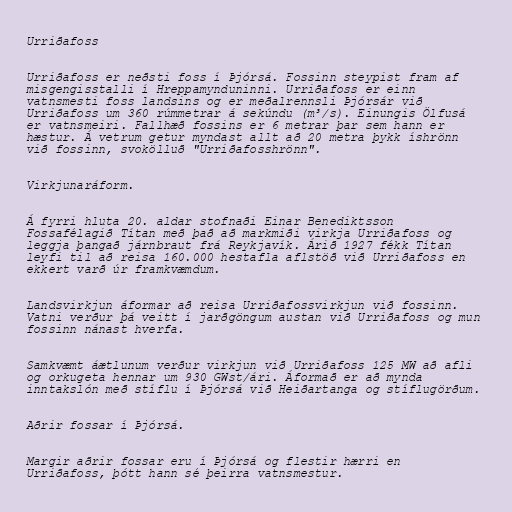
Urriðafoss

Urriðafoss er neðsti foss í Þjórsá. Fossinn steypist fram af
misgengisstalli í Hreppamynduninni. Urriðafoss er einn
vatnsmesti foss landsins og er meðalrennsli Þjórsár við
Urriðafoss um 360 rúmmetrar á sekúndu (m³/s). Einungis Ölfusá
er vatnsmeiri. Fallhæð fossins er 6 metrar þar sem hann er
hæstur. Á vetrum getur myndast allt að 20 metra þykk íshrönn
við fossinn, svokölluð "Urriðafosshrönn".

Virkjunaráform.

Á fyrri hluta 20. aldar stofnaði Einar Benediktsson
Fossafélagið Títan með það að markmiði virkja Urriðafoss og
leggja þangað járnbraut frá Reykjavík. Árið 1927 fékk Títan
leyfi til að reisa 160.000 hestafla aflstöð við Urriðafoss en
ekkert varð úr framkvæmdum.

Landsvirkjun áformar að reisa Urriðafossvirkjun við fossinn.
Vatni verður þá veitt í jarðgöngum austan við Urriðafoss og mun
fossinn nánast hverfa.

Samkvæmt áætlunum verður virkjun við Urriðafoss 125 MW að afli
og orkugeta hennar um 930 GWst/ári. Áformað er að mynda
inntakslón með stíflu í Þjórsá við Heiðartanga og stíflugörðum.

Aðrir fossar í Þjórsá.

Margir aðrir fossar eru í Þjórsá og flestir hærri en
Urriðafoss, þótt hann sé þeirra vatnsmestur.